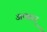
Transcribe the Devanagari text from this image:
अक्सर्